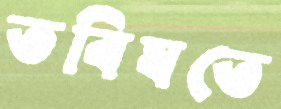
ভবিষতে